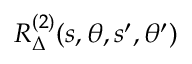
R _ { \Delta } ^ { ( 2 ) } ( s , \theta , s ^ { \prime } , \theta ^ { \prime } )